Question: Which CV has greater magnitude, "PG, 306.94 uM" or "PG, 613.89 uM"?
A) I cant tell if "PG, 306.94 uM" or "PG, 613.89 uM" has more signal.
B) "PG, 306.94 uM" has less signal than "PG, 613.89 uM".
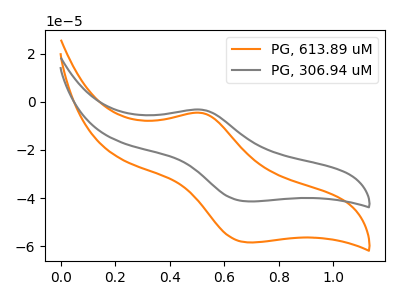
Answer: <think>The orange curve "PG, 613.89 uM" has an anodic peak at (0.50V, -4.65uA) and a cathodic peak at (0.70V, -58.35uA). The gray curve "PG, 306.94 uM" has an anodic peak at (0.50V, -3.30uA) and a cathodic peak at (0.70V, -41.35uA).
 All the peaks in "PG, 306.94 uM" have a peak in "PG, 613.89 uM" at the same potential.</think>
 <answer>A) I cant tell if "PG, 306.94 uM" or "PG, 613.89 uM" has more signal.</answer>
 <eval>A</eval>